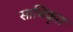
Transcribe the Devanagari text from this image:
साधिकृत